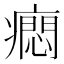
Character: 𤺯